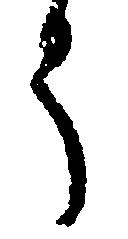
う